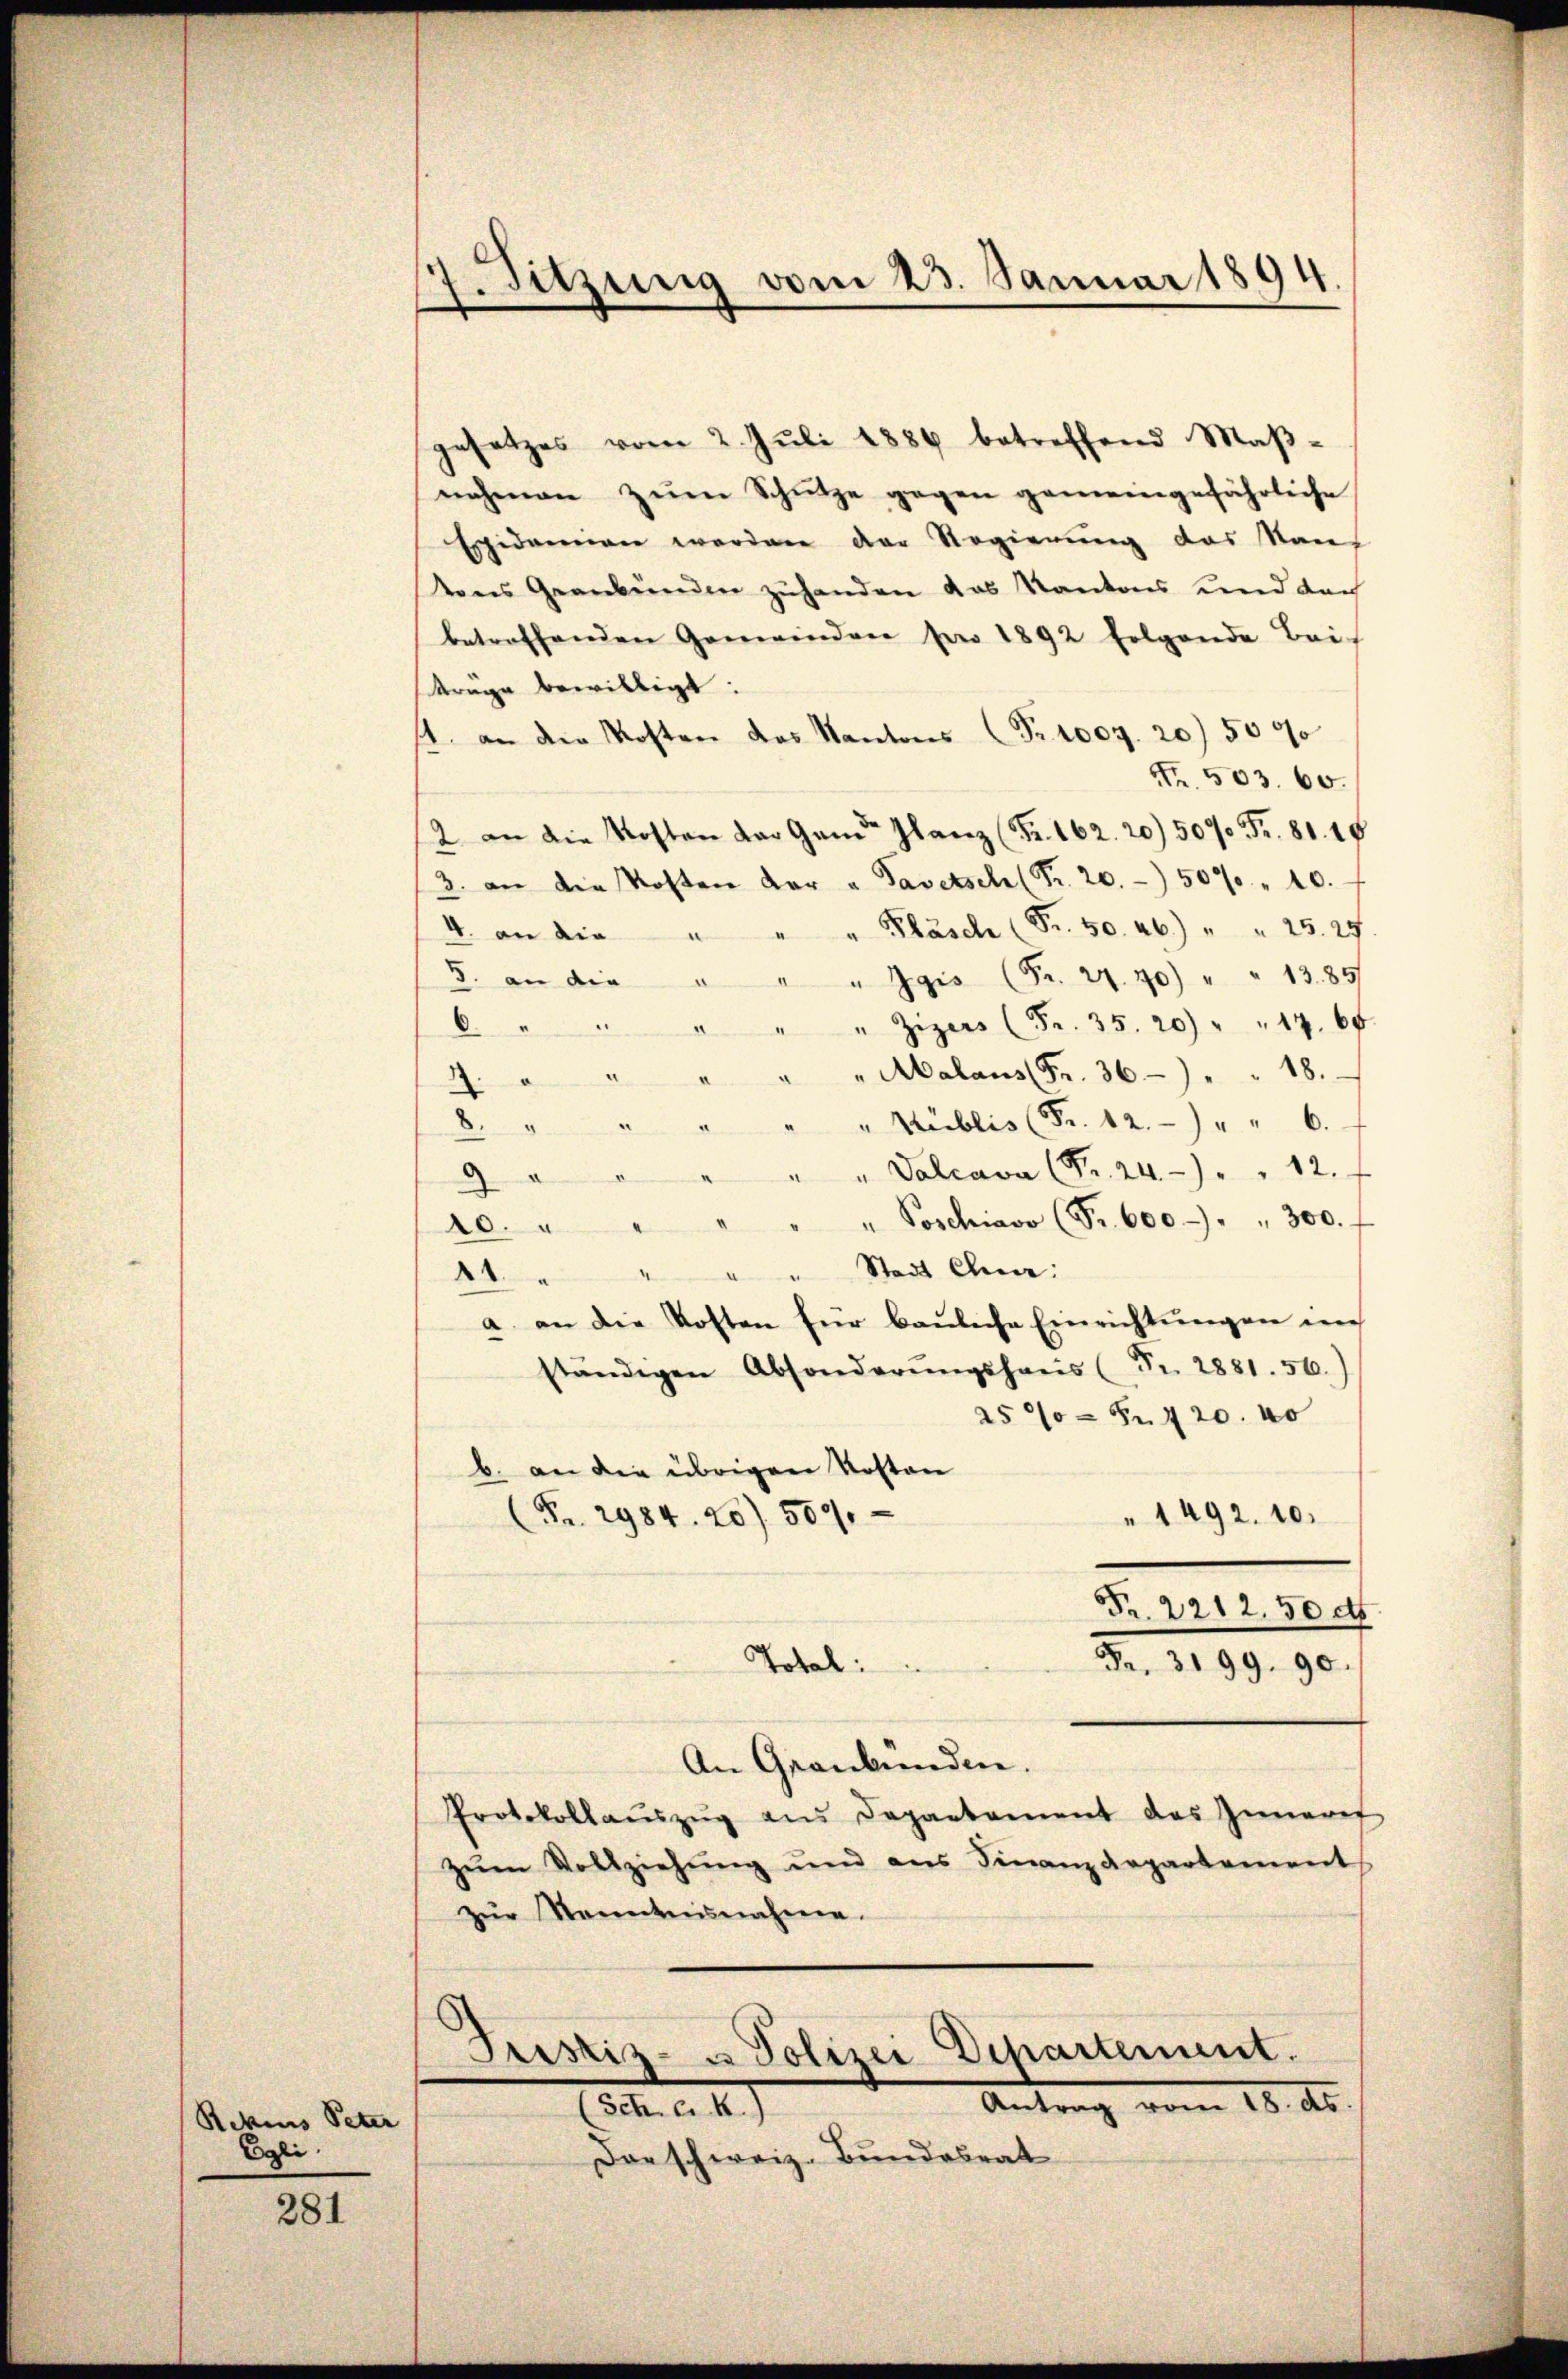
Rekius Peter
Egli.

281

7. Sitzung vom 23. Januar 1894

gesetzes vom 2. Jŭli 1886 betreffend Maβ-
nehmen zŭm Schütze gegen gemeingefährliche
Egidammen werden der Regierung das San
tons Graubünden zuhanden das Kantons und dach
betreffenden Gemeinden pro 1892 folgende Beif
trage bewilligt:
11. an die Kosten das Kantons (Fr. 1009. 20) 5000
Fr. 503. 60.
/2 an die Kosten der Gand Glanz (Fr. 162. 20) 5000 Fr. 81. 19
3. an die Kosten der u. Tavetsch (Pr. 20. 507 " 10.
"Pläsche (Fr. 50. 26.) " " 25. 27.
4. an die
d. an die " " " Jgis (Fr. 27. 70) " " 1385/
" Zizers (Fr. 35. 20) " " 17. 68
6.

" " " Malaus (Fr. 36 " " 18.
4.
"Hublis (Fr. 12. " " 6.
8.
" "Valcava (Fr. 24. " " 12 f
—
.
4
d
" Poschiavo (S. 600 " " 300. f
10.
" "Stadt Chur:
14.
a. an die Kosten für bauliche Einrichtungen im
ständigen Absonderŭngshaŭs (Fr. 2881. 56.)
a5 90 = Fr. 420. 40
b. an die übrigen Kosten
" 1492. 10.
(Fr. 2984. 20) 509.
Fr. 2212.50 ct
Total:
Fr. 3199. 90.
An Graubünden.
Protokollaŭszŭg ans Departament das Innere
zŭm Vollziehŭng und ans Finanzdepartement
zur Kenntnisnahme.

Dar schweiz. Bundesrat

Justiz- u Polizei Departement.
Antrag vom 18. d.
(Sch. a. b.)